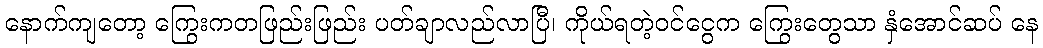
နောက်ကျတော့ ကြွေးကတဖြည်းဖြည်း ပတ်ချာလည်လာပြီ၊ ကိုယ်ရတဲ့ဝင်ငွေက ကြွေးတွေသာ နှံအောင်ဆပ် နေ